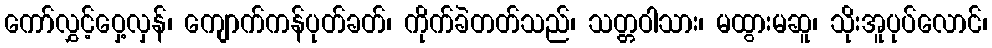
ကော်လွှင့်ဝှေ့လှန်၊ ကျောက်ကန်ပုတ်ခတ်၊ ကိုက်ခဲတတ်သည်၊ သတ္တဝါသား၊ မထွားမဆူ၊ သိုးအူပုပ်လောင်၊